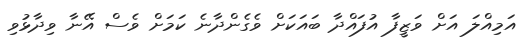
އަމިއްލަ އަށް ވަޒީފާ އުފައްދާ ބައަކަށް ވެގެންދާނެ ކަމަށް ވެސް އޭނާ ވިދާޅުވި